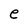
Character: e